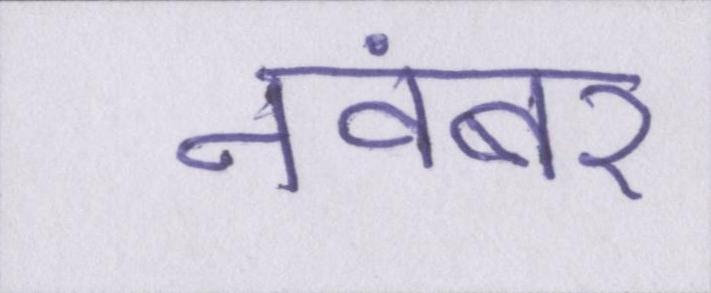
नवंबर